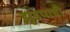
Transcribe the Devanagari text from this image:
झुडपाची